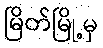
မြိတ်မြို့မှ